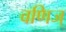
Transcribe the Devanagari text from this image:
वणिज्